Annual report on the mental hospital in the Central Provinces and Berar (Nagpur) - 1927-1951
Year: 1927
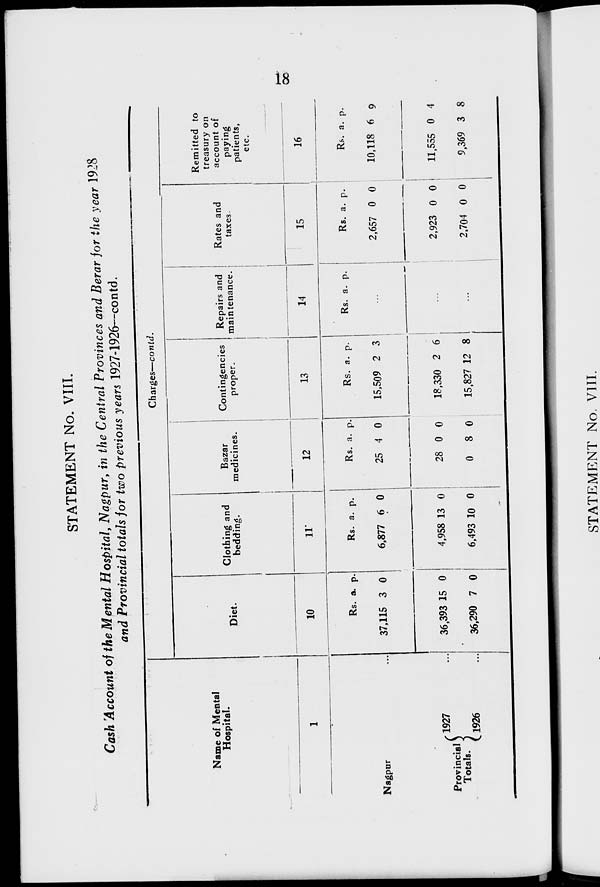
18
STATEMENT No. VIII.
Cash Account of the Mental Hospital, Nagpur, in the Central Provinces and Berar for the year 1928
and Provincial totals for two previous years 1927-1926—contd.
Name of Mental
Hospital.
1
Nagpur ...
Provincial
Totals.
1927 ...
1926 ...
Charges—contd.
Diet.
10
Rs.
37,115
36,393
36,290
a.
3
15
7
p.
0
0
0
Clothing and
bedding.
11
Rs.
6,877
4,958
6,493
a.
6
13
10
p.
0
0
0
Bazar
medicines.
12
Rs.
25
28
0
a.
4
0
8
p.
0
0
0
Contingencies
proper.
13
Rs.
15,509
18,330
15,827
a.
2
2
12
p.
3
6
8
Repairs and
maintenance.
14
Rs. a. p.
...
...
...
Rates and
taxes.
15
Rs.
2,657
2,923
2,704
a.
0
0
0
p.
0
0
0
Remitted to
treasury on
account of
paying
patients,
etc.
16
Rs.
10,118
11,555
9,369
a.
6
0
3
p.
9
4
8